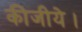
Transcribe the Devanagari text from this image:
कीजीये।